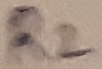
Text: R2